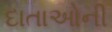
દાતાઓની